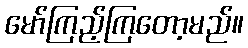
မော်ကြည့်ကြတော့မည်။